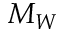
M _ { W }